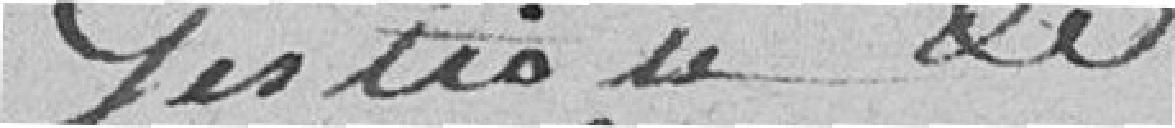
gestion des